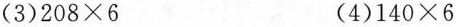
(3)$$208\times6$$ (4)$$140\times6$$